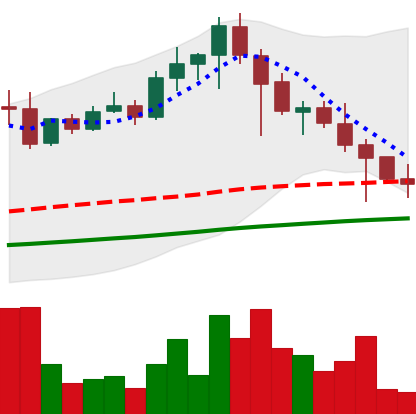
Ticker: EOS-USD
Chart end date: 2021-04-25
Forward return: 29.364%
Label: up_7plus